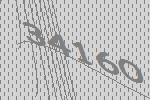
34160